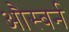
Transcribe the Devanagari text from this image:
औस्बर्न